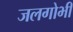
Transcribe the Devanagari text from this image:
जलगोभी